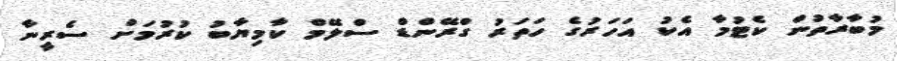
މުބާރާތުން ކެޓުމާ އެކު އަހަރުގެ ހަތަރު ގްރޭންޑް ސްލޭމް ކާމިޔާބު ކުރުމަށް ސެރީނާ